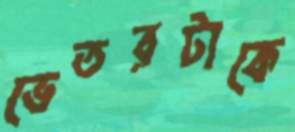
ভেতরটাকে